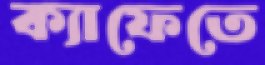
ক্যাফেতে